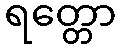
ရတ္တော